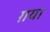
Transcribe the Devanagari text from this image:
ग़या